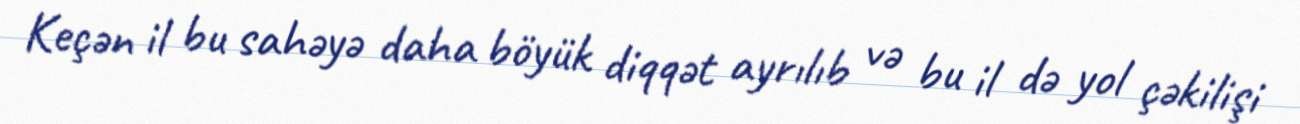
Keçən il bu sahəyə daha böyük diqqət ayrılıb və bu il də yol çəkilişi